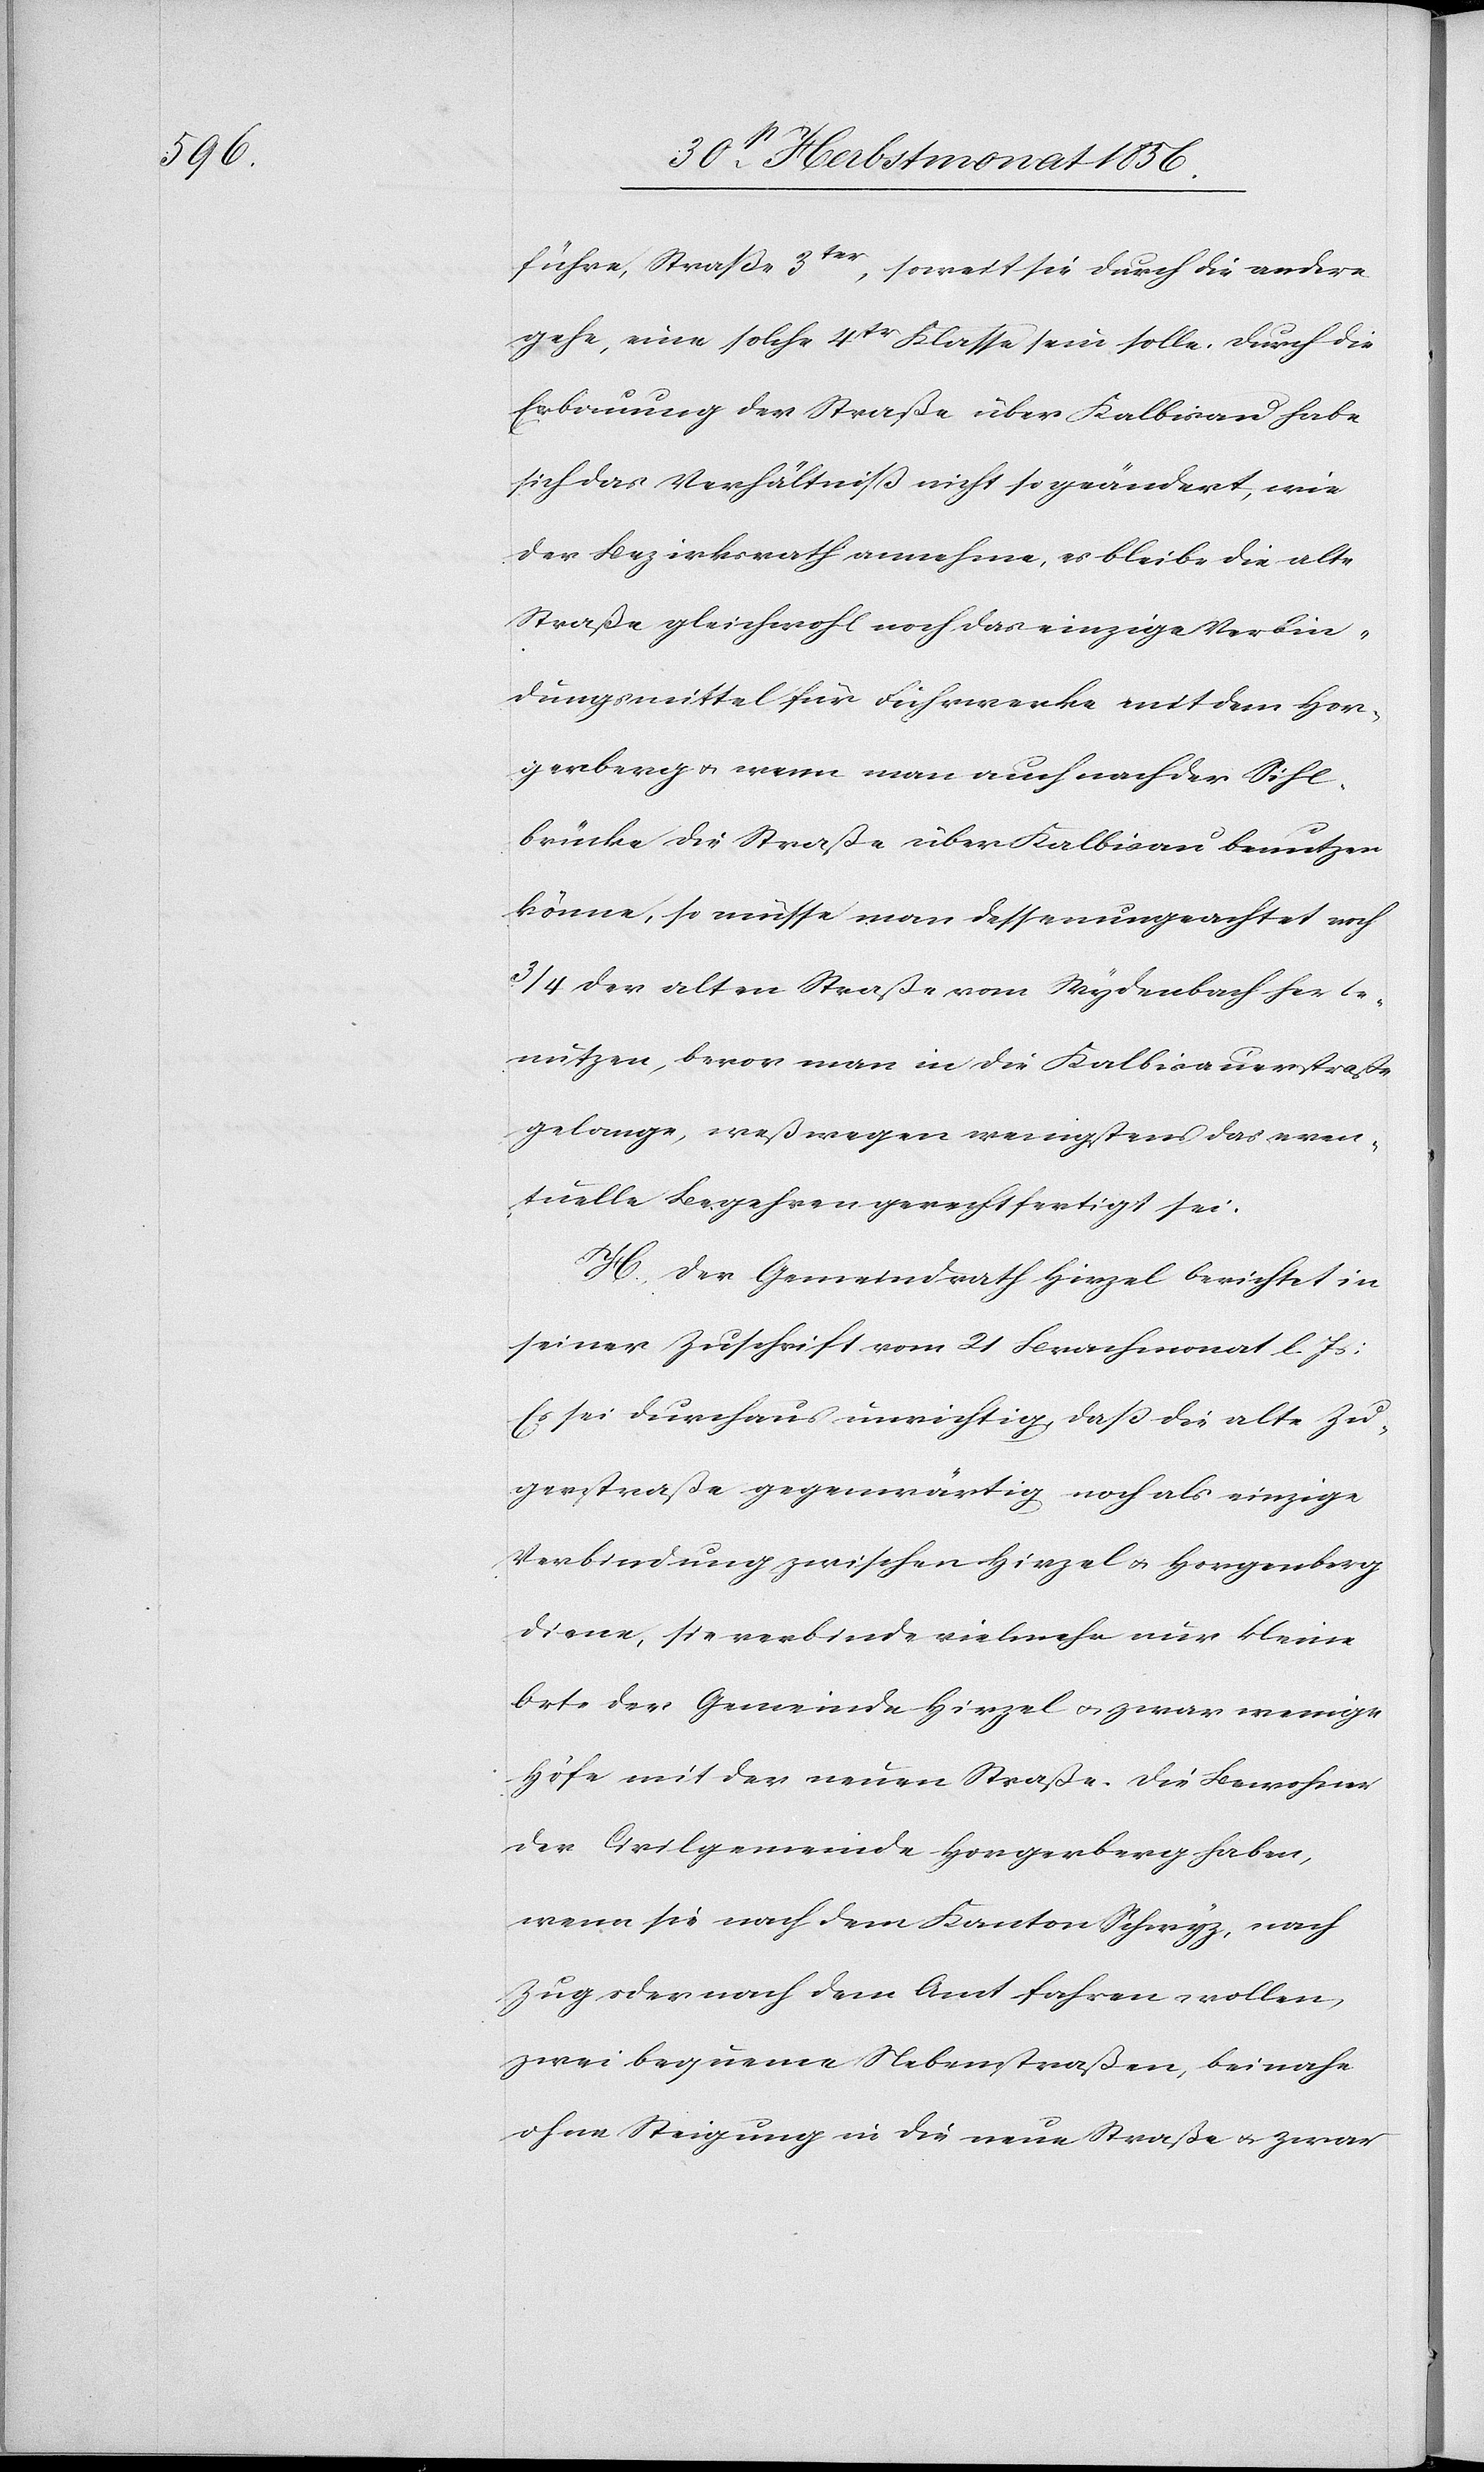
führe, Straße 3ter, soweit sie durch die andere
gehe, eine solche 4tr Klasse sein solle, Durch die
Erbauung der Straße über Kalbisau habe
sich das Verhältniss nicht so geändert, wie
der Bezirksrath annehme, es bleibe die alte
Straße gleichwohl noch das einzige Verbin¬
dungsmittel für Fuhrwerke mit dem Hor¬
gerberg u. wenn man auch nach der Sihl¬
brücke die Straße über Kalbisau benutzen
könne, so müsse man dessenungeachtet noch
¾ der alten Straße vom Wydenbach her be¬
nutzen, bevor man in die Kalbisauerstraße
gelange, weßwegen wenigstens das even¬
tuelle Begehren gerechtfertigt sei.
H. Der Gemeindrath Hirzel berichtet in
seiner Zuschrift vom 21 Brachmonat l Js:
Es sei durchaus unrichtig, dass die alte Zu¬
gerstraße gegenwärtig noch als einzige
Verbindung zwischen Hirzel u. Horgenberg
diene, sie verbinde vielmehr nur kleine
Orte der Gemeinde Hirzel u. zwar wenige
Höfe mit der neuen Straße. Die Bewohner
der Civilgemeinde Horgerberg haben,
wenn sie nach dem Kanton Schwyz, nach
Zug oder nach dem Amt fahren wollen,
zwei bequeme Nebenstraßen, beinahe
ohne Steigung in die neue Straße u. zwar